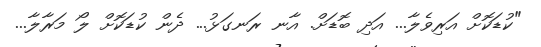
"ކުޑަކޮށް އަރިވެލާ... އަދި ބޮޑަށް. އާނ ރަނގަޅު... ދެން ކުޑަކޮށް ލޯ މަރާލާ...